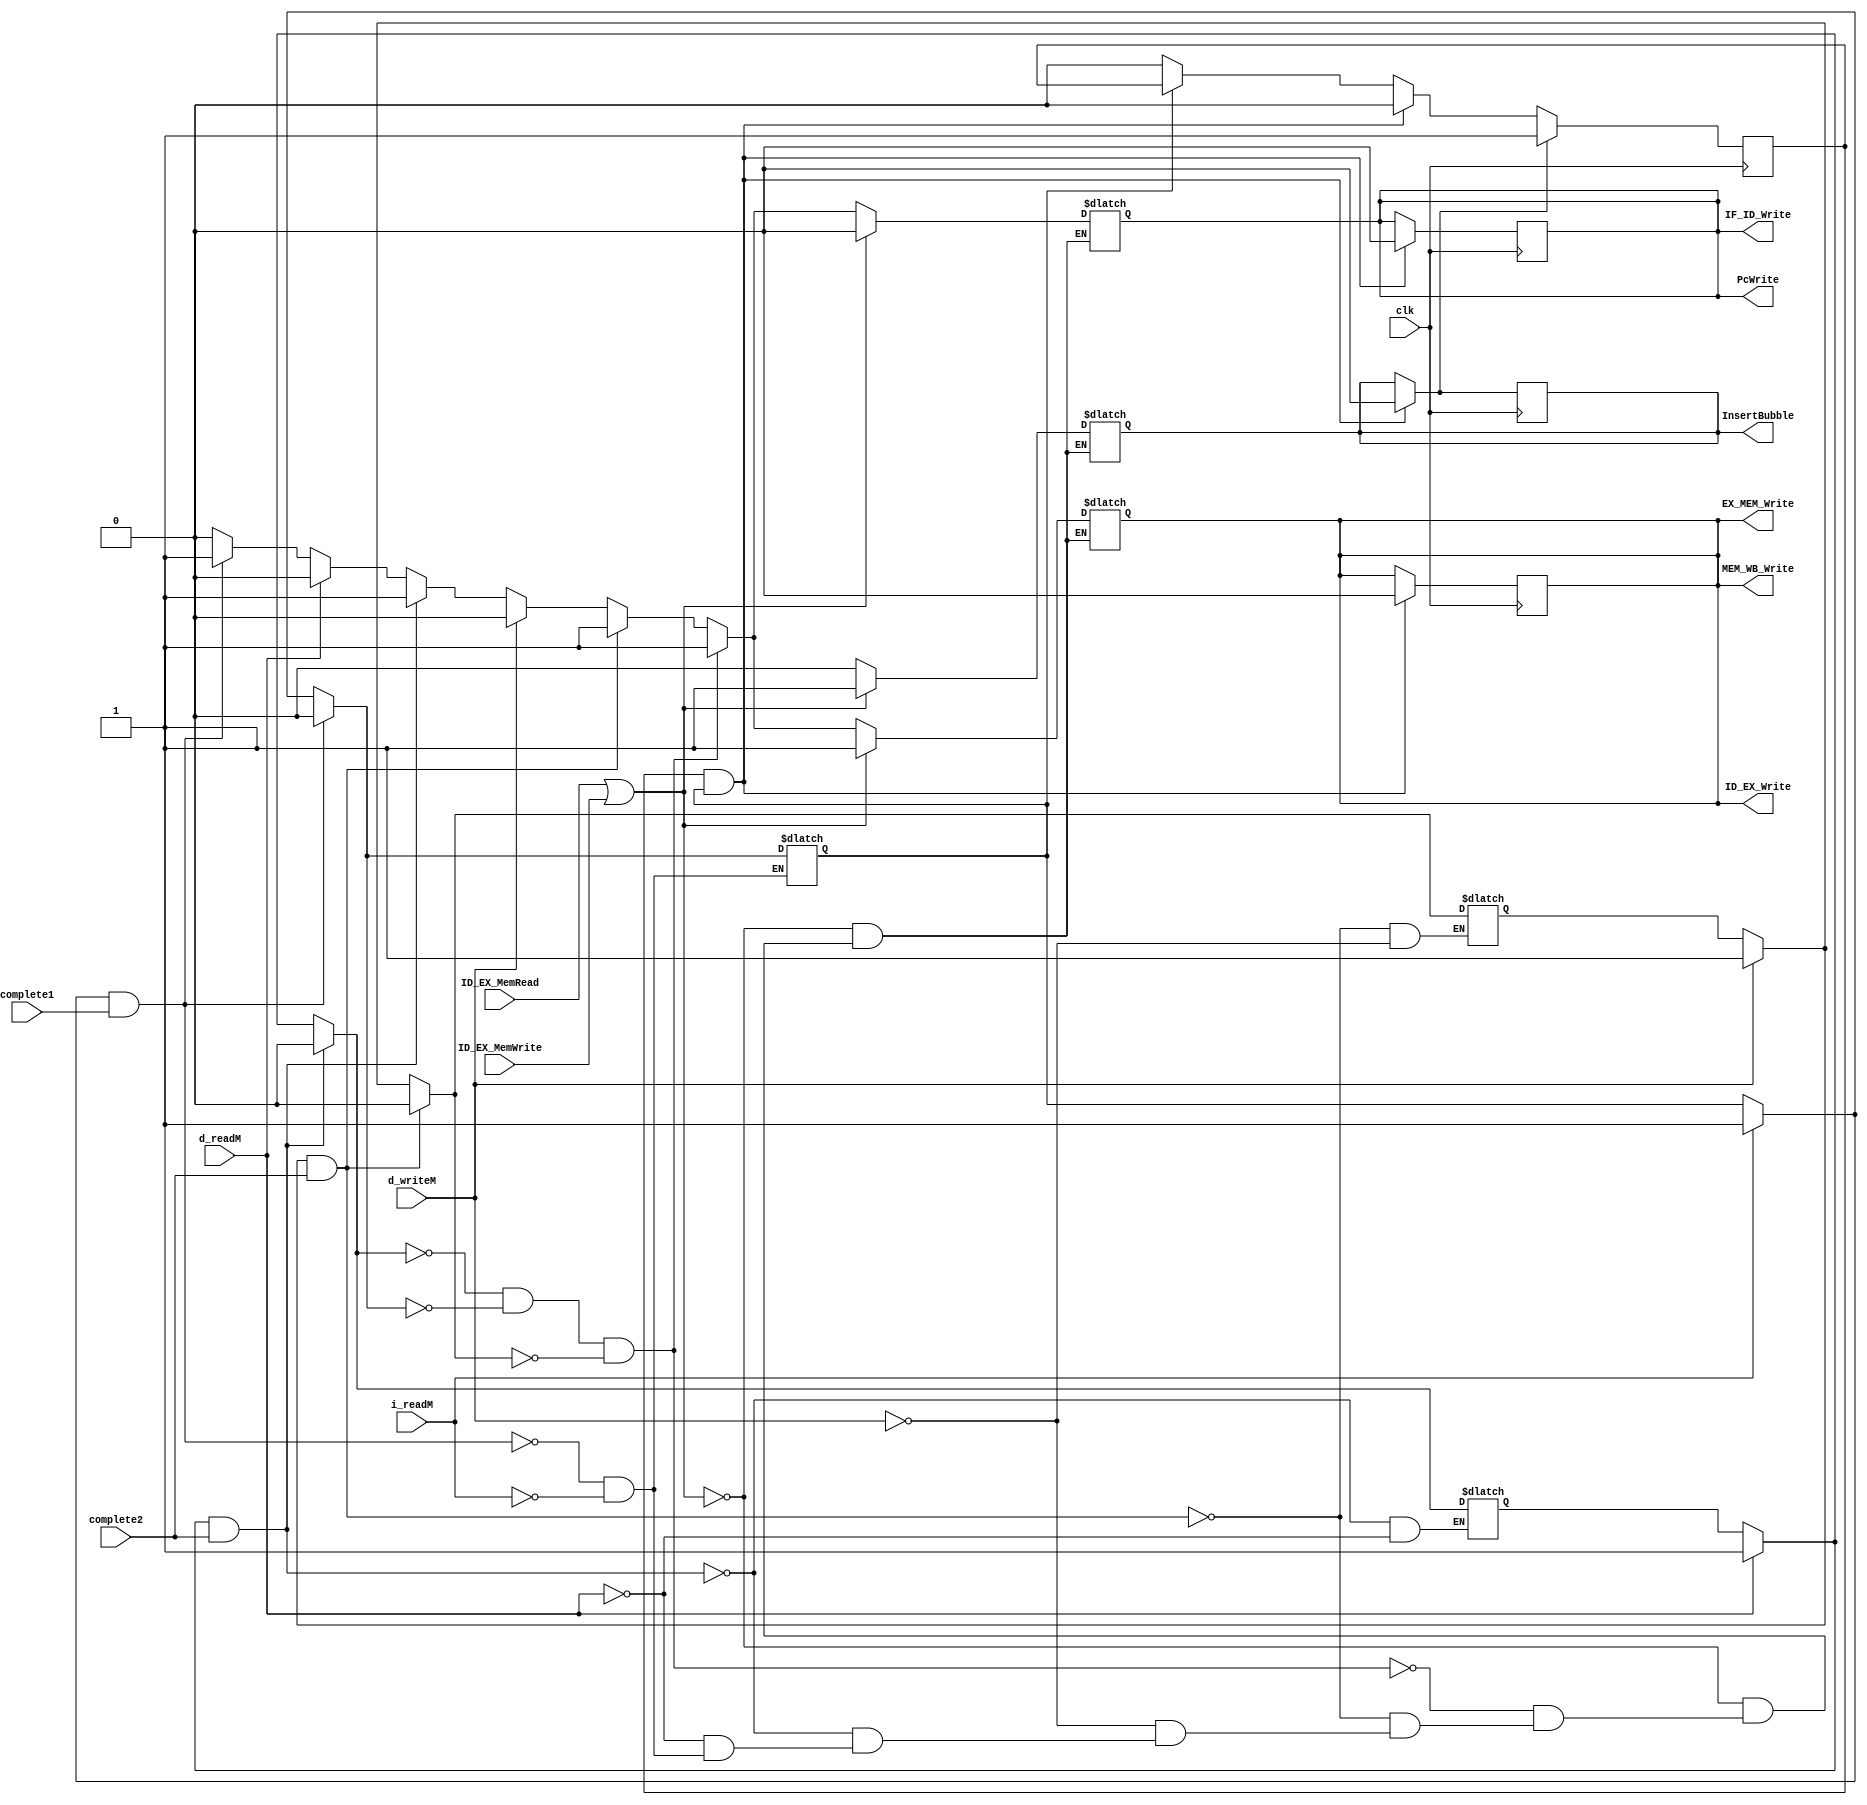
module Hazard(PcWrite, IF_ID_Write, ID_EX_Write, EX_MEM_Write, MEM_WB_Write, InsertBubble, ID_EX_MemRead, ID_EX_MemWrite, clk, complete1, complete2, i_readM, d_readM, d_writeM);

	output reg PcWrite;
	output reg IF_ID_Write;
	output reg ID_EX_Write;
	output reg EX_MEM_Write;
	output reg MEM_WB_Write;
	output reg InsertBubble;
	input ID_EX_MemRead;
	input ID_EX_MemWrite;
	input clk;
	input complete1;
	input complete2;
	input i_readM;
	input d_readM;
	input d_writeM;

	reg reading_inst;
	reg grant_inst;
	reg grant_read;
	reg grant_write;
	reg reading;
	reg writing;


	//Stage 1 Add input PcWrite,
	//Stage 2 Add Input IF_ID_Write, input InsertBubble
	//Stage 3 Add output ID_EX_MemRead
	initial begin
		PcWrite = 1;
		IF_ID_Write = 1;
		ID_EX_Write = 1;
		EX_MEM_Write = 1;
		MEM_WB_Write = 1;
		InsertBubble = 0;
		reading_inst = 0;
		grant_inst = 0;
		grant_read = 0;
		grant_write = 0;
		reading = 0;
		writing = 0;
		bubtoStall = 0;
	end
	reg forcebubble;
	reg restore;
	always @(*) begin
		/* stalling for i read*/

		if(!grant_inst && i_readM) begin
			PcWrite = 0;
			IF_ID_Write = 0;
			ID_EX_Write = 0;
			EX_MEM_Write = 0;
			MEM_WB_Write = 0;
			InsertBubble = 0;
			reading_inst = 1;
			$display("reading_inst start");
		end
		if(reading_inst && complete1) begin
			PcWrite = 1;
			IF_ID_Write = 1;
			ID_EX_Write = 1;
			EX_MEM_Write = 1;
			MEM_WB_Write = 1;
			InsertBubble = 0;
			reading_inst = 0;
			grant_inst = 1;
			$display("read complete");
		end


		if(!grant_read && d_readM) begin
			PcWrite = 0;
			IF_ID_Write = 0;
			ID_EX_Write = 0;
			EX_MEM_Write = 0;
			MEM_WB_Write = 0;
			InsertBubble = 0;
			reading = 1;			  
		end
		if(reading && complete2) begin
			PcWrite = 1;
			IF_ID_Write = 1;
			ID_EX_Write = 1;
			EX_MEM_Write = 1;
			MEM_WB_Write = 1;
			InsertBubble = 0;
			reading = 0;
			grant_read = 1;
		end
		
		if(!grant_write && d_writeM) begin
			PcWrite = 0;
			IF_ID_Write = 0;
			ID_EX_Write = 0;
			EX_MEM_Write = 0;
			MEM_WB_Write = 0;
			InsertBubble = 0;
			writing = 1; 				
		end
		if(writing && complete2) begin
			PcWrite = 1;
			IF_ID_Write = 1;
			ID_EX_Write = 1;
			EX_MEM_Write = 1;
			MEM_WB_Write = 1;
			InsertBubble = 0;
			writing = 0;
			grant_write = 1;
		end
				/* stalling for d read prepare*/
		if(ID_EX_MemRead || ID_EX_MemWrite) begin
			PcWrite = 0;
			IF_ID_Write = 0;
			ID_EX_Write = 1;
			EX_MEM_Write = 1;
			MEM_WB_Write = 1;
			InsertBubble = 1;
//			reading = 1;			   
		end
		else if(!reading && !reading_inst && !writing) begin
			PcWrite = 1;
			IF_ID_Write = 1;
			ID_EX_Write = 1;
			EX_MEM_Write = 1;
			MEM_WB_Write = 1;
			InsertBubble = 0;
		end
		
	end

	always @(posedge clk) begin
		if(grant_inst) begin
			grant_inst = 0;
		end


		if(grant_read) begin
			grant_read = 0;
		end


		if(grant_write) begin
			grant_write = 0;
		end

		if(bubtoStall && reading_inst) begin 
			PcWrite = 0;
			IF_ID_Write = 0;
			ID_EX_Write = 0;
			EX_MEM_Write = 0;
			MEM_WB_Write = 0;
			InsertBubble = 0;
			bubtoStall = 0;
		end
		else if(!reading_inst) begin
			bubtoStall = 0;
		end
		if(InsertBubble) bubtoStall = 1;
		if(InsertBubble && !IF_ID_Write) $display("Bubble");
		else if(reading || reading_inst || writing) $display("Stall");
		else $display("Pass");
	end
	reg bubtoStall;
endmodule